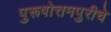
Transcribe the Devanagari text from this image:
पुरूषोत्तमपुरीचे